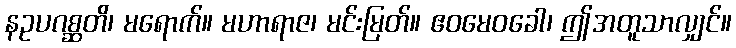
နဥပဂစ္ဆတိ၊ မရောက်။ မဟာရာဇ၊ မင်းမြတ်။ ဧဝမေဝခေါ၊ ဤအတူသာလျှင်။